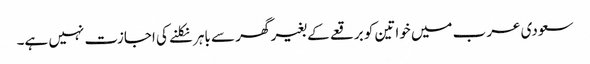
سعودی عرب میں خواتین کو برقعے کے بغیر گھر سے باہر نکلنے کی اجازت نہیں ہے۔